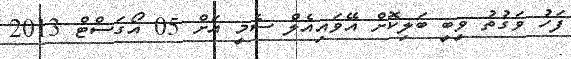
ފަހު ވަގުތު ވީބީ ބަލިކޮށް އޭވައިއެލް ސެމީ އަށް 05 އޯގަސްޓް 2013